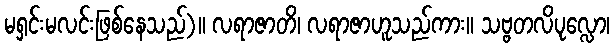
မရှင်းမလင်းဖြစ်နေသည်)။ လရာဇာတိ၊ လရာဇာဟူသည်ကား။ သဗ္ဗတလိပုလ္လော၊